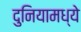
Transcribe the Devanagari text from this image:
दुनियामध्ये